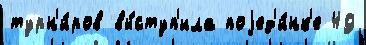
турн'и́ров вы́ступ'ила поjед'и́нк'е 49